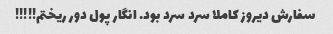
سفارش دیروز کاملا سرد سرد بود. انگار پول دور ریختم!!!!!